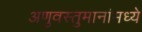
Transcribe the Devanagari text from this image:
अणुवस्तुमानांमध्ये